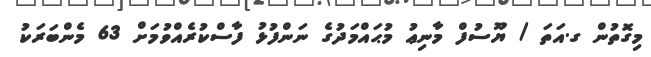
މިގޮތުން ގ.އަތަ / ޔޫސުފް މާނިޢު މުޙައްމަދުގެ ނަންފުޅު ފާސްކުރެއްވުމަށް 63 މެންބަރަކު